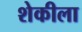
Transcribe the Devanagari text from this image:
शेकीला